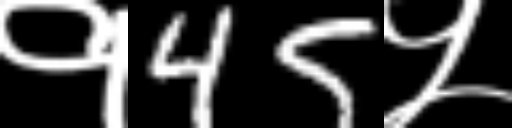
Text: १45५